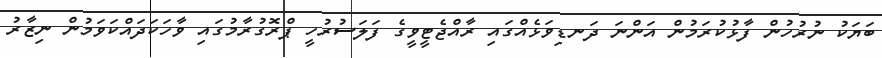
ބަޔަކު ނުރުހުން ފާޅުކުރަމުން އަންނަ ދަނޑިވަޅެއްގައި ރާއްޖެޓީވީގެ ފަލަސުރުހީ ޕްރޮގުރާމުގައި ވާހަކަދައްކަވަމުން ނިޒާރު